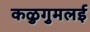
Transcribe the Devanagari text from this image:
कळुगुमलई